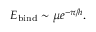
E _ { \mathrm { b i n d } } \sim \mu e ^ { - \pi / h } .